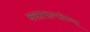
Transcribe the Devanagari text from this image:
असामान्यतेच्या